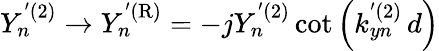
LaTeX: Y_{n}^{'(2)}\rightarrow Y_{n}^{'\mathrm{(R)}}=-jY_{n}^{'(2)}\cot\left(k_{yn}^{'(2)}\, d\right)